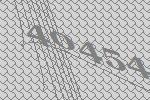
40454